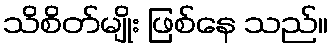
သိစိတ်မျိုး ဖြစ်နေ သည်။